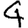
Digit: 4